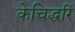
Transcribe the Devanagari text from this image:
केचिद्धरिं